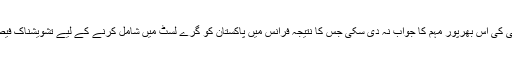
افسوس کہ ہماری حکومت بھارتی کی اس بھرپور مہم کا جواب نہ دی سکی جس کا نتیجہ فرانس میں پاکستان کو گرے لسٹ میں شامل کرنے کے لیے تشویشناک فیصلے کی صورت میں سامنے آیا۔